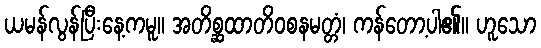
ယမန်လွန်ပြီးနေ့ကမူ။ အတိစ္ဆထာတိဝစနမတ္တံ၊ ကန်တော့ပါ၏။ ဟူသော